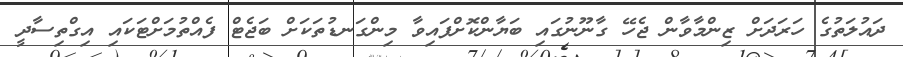
ދައުލަތުގެ ހަރަދަށް ޒިންމާވާން ޖެހޭ ގާނޫނުގައި ބަޔާންކޮށްފައިވާ މިންގަނޑުތަކަށް ބަޖެޓް ފެއްތުމަށްޓަކައި އިގްތިސާދީ